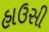
હાઉસી